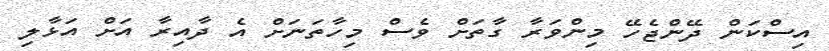
އިސްކަން ދޭންޖެހޭ މިންވަރާ ގާތަށް ވެސް މިހާތަނަށް އެ ދާއިރާ އަށް އަޅާލި